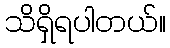
သိရှိရပါတယ်။